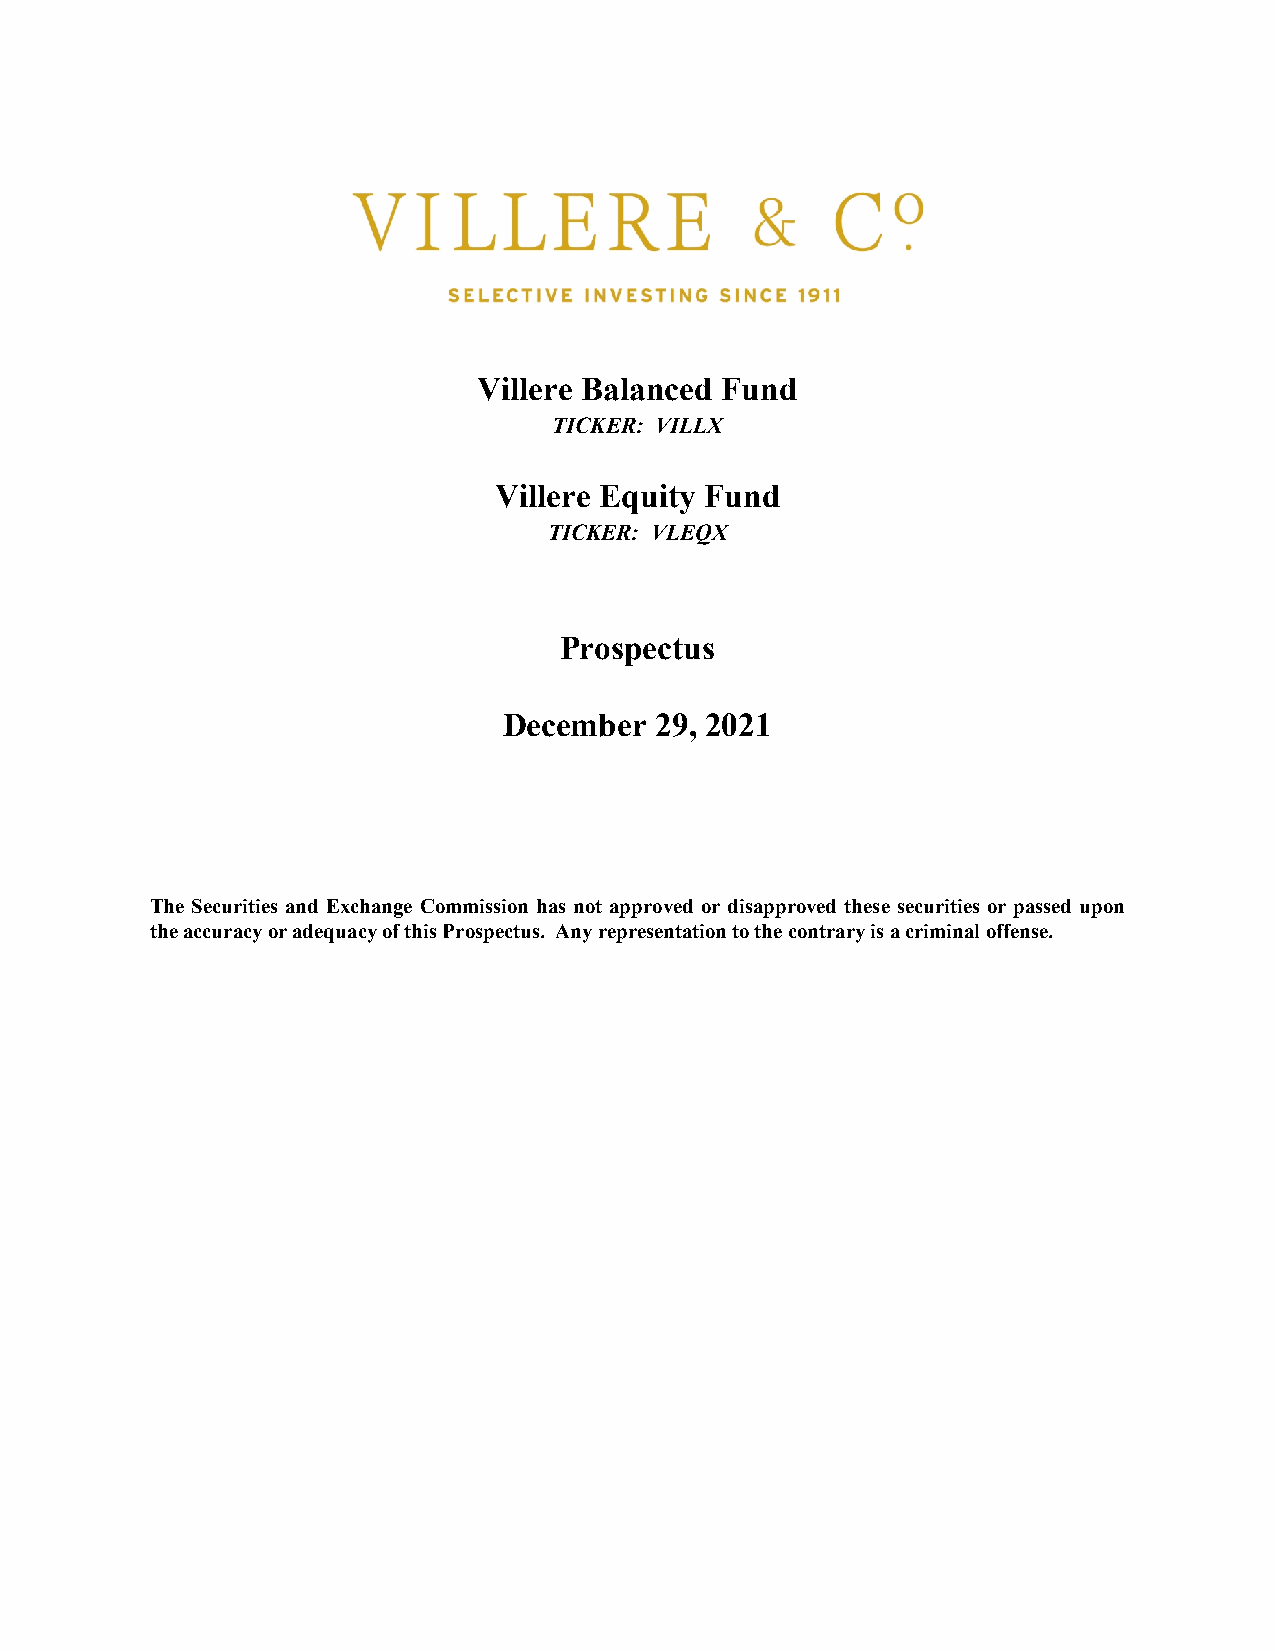
Villere Balanced Fund
 TICKER: VILLX
 Villere Equity Fund
 TICKER: VLEQX
 Prospectus
 December  29, 2021
 The Securities and Exchange Commission has not approved or disapproved these securities or passed upon
 the accuracy or adequacy of this Prospectus. Any representation to the contrary is a criminal offense.